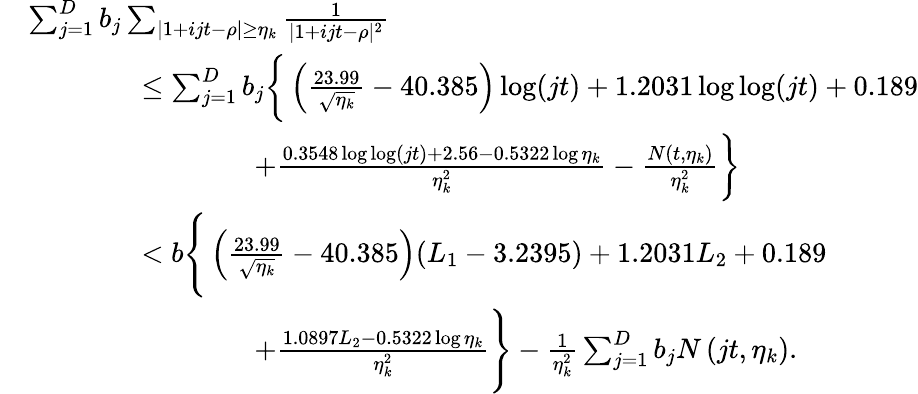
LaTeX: \begin{array}{rl}&{\sum_{j=1}^{D}b_{j}\sum_{|1+ijt-\rho|\ge\eta_{k}}\frac{1}{|1+ijt-\rho|^{2}}}\\ &{\qquad\qquad\le\sum_{j=1}^{D}b_{j}\bigg\{ \left(\frac{23.99}{\sqrt{\eta_{k}}}-40.385\right)\log(jt)+1.2031\log\log(jt)+0.189}\\ &{\qquad\qquad\qquad\qquad+\frac{0.3548\log\log(jt)+2.56-0.5322\log\eta_{k}}{\eta_{k}^{2}}-\frac{N(t,\eta_{k})}{\eta_{k}^{2}}\bigg\} }\\ &{\qquad\qquad<b\Bigg\{ \left(\frac{23.99}{\sqrt{\eta_{k}}}-40.385\right)(L_{1}-3.2395)+1.2031L_{2}+0.189}\\ &{\qquad\qquad\qquad\qquad+\frac{1.0897L_{2}-0.5322\log\eta_{k}}{\eta_{k}^{2}}\Bigg\} -\frac{1}{\eta_{k}^{2}}\sum_{j=1}^{D}b_{j}N\left(jt,\eta_{k}\right).}\end{array}